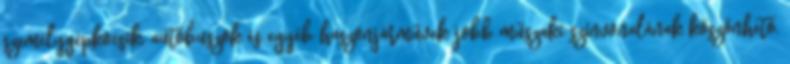
személygépkocsik, autóbuszok és egyéb haszonjárművek jobb műszaki színvonalának köszönhető,